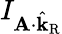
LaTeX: I_{\mathbf{A}\cdot\hat{\mathbf{k}}_{\mathrm{R}}}